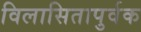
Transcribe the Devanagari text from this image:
विलासितापुर्वक